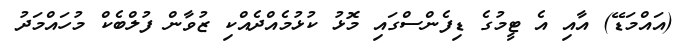
(އައްމަޑޭ) އާއި އެ ޓީމުގެ ޑިފެންސްގައި މޮޅު ކުޅުމެއްދެއްކި ޒުވާން ފުލްބެކް މުހައްމަދު